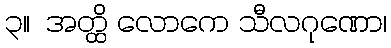
၃။  အတ္ထိ လောကေ သီလဂုဏော၊